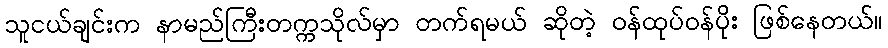
သူငယ်ချင်းက နာမည်ကြီးတက္ကသိုလ်မှာ တက်ရမယ် ဆိုတဲ့ ဝန်ထုပ်ဝန်ပိုး ဖြစ်နေတယ်။